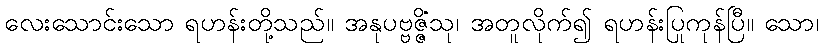
လေးသောင်းသော ရဟန်းတို့သည်။ အနုပဗ္ဗဇ္ဇိံသု၊ အတူလိုက်၍ ရဟန်းပြုကုန်ပြီ။ သော၊